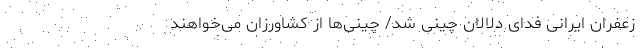
زعفران ایرانی فدای دلالان چینی شد/ چینی‌ها از کشاورزان می‌خواهند